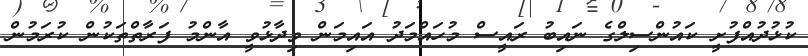
ކުޅުދުއްފުށީ ކައުންސިލްގެ ނައިބު ރައީސް މުހައްމަދު އައިމަން ވިދާޅުވީ އާންމު ފަރާތްތަކުން ކުރަމުން